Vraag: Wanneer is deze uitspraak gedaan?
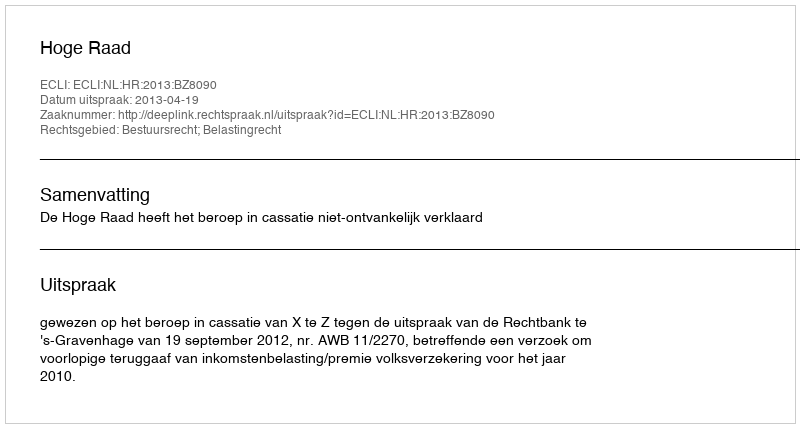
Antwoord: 2013-04-19